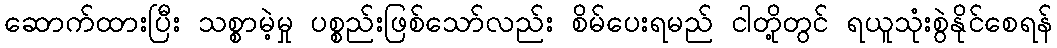
ဆောက်ထားပြီး သစ္စာမဲ့မှု ပစ္စည်းဖြစ်သော်လည်း စိမ်ပေးရမည် ငါတို့တွင် ရယူသုံးစွဲနိုင်စေရန်